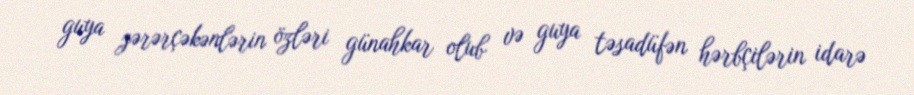
guya zərərçəkənlərin özləri günahkar olub və guya təsadüfən hərbçilərin idarə